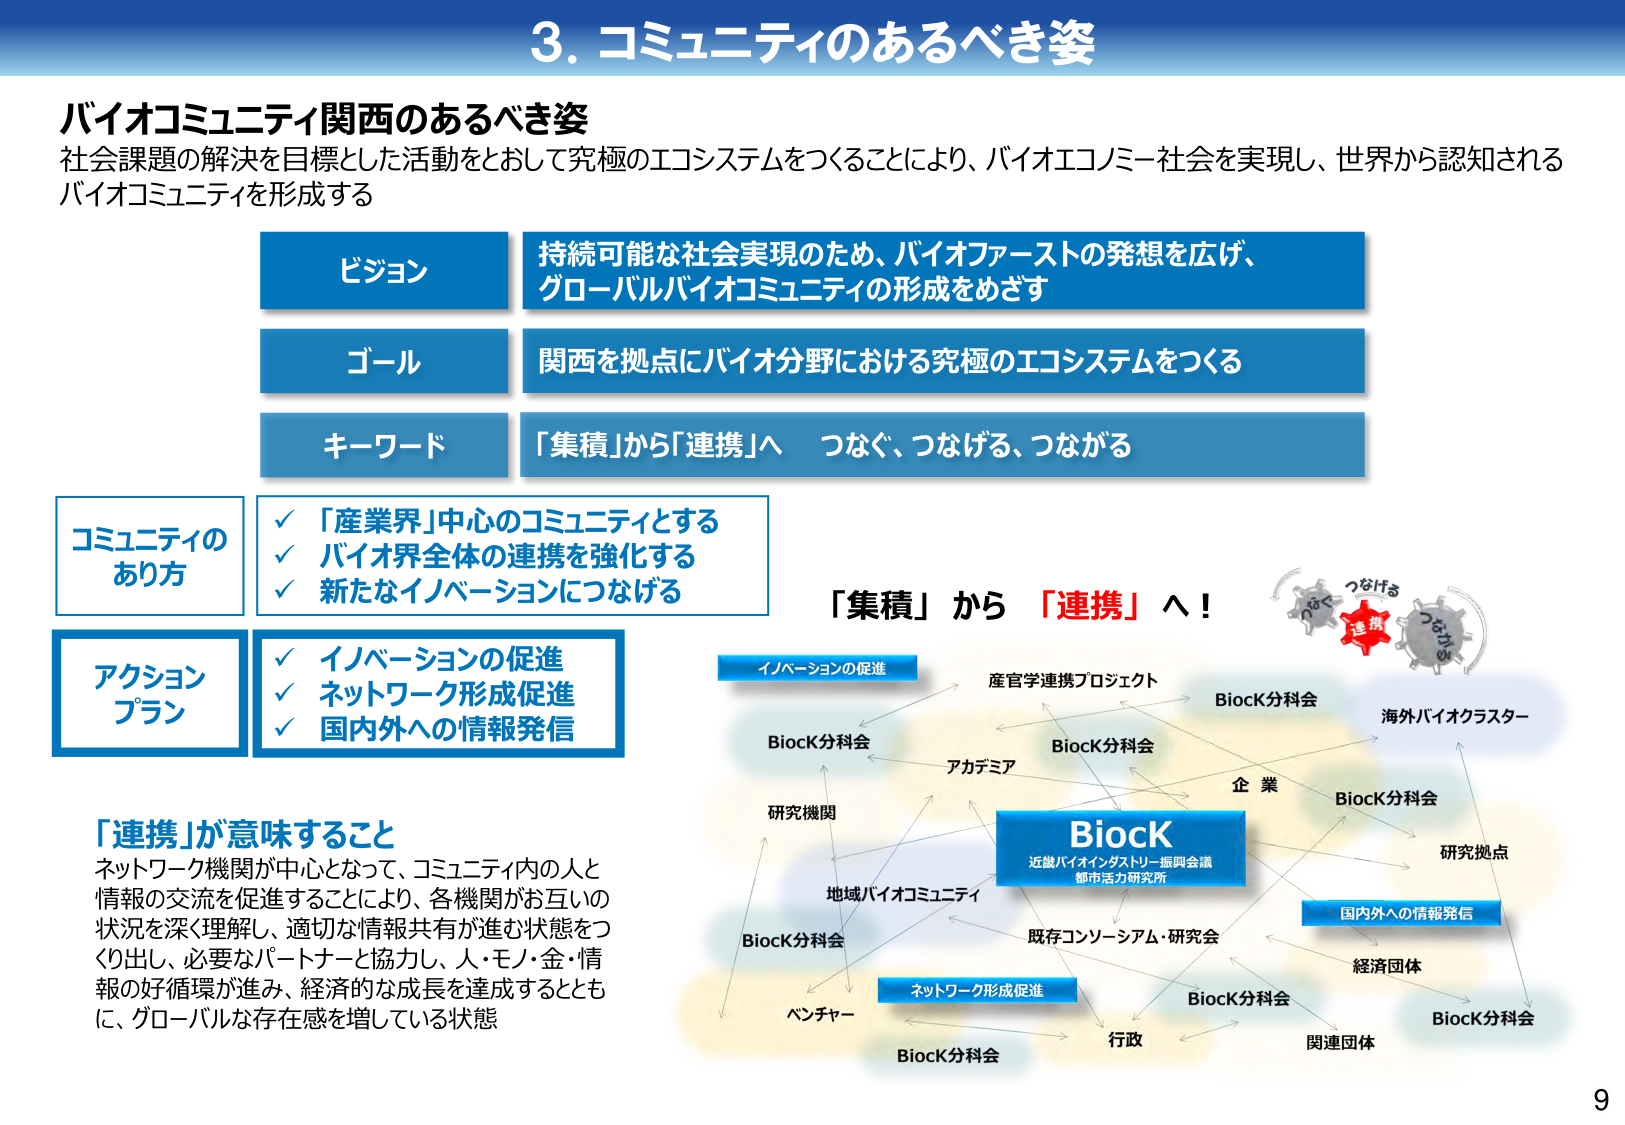
3. コミュニティのあるべき姿

バイオコミュニティ関西のあるべき姿
社会課題の解決を目標とした活動をとおして究極のエコシステムをつくることにより、バイオエコノミー社会を実現し、世界から認知される
バイオコミュニティを形成する

ビジョン
持続可能な社会実現のため、バイオファーストの発想を広げ、
グローバルバイオコミュニティの形成をめざす

ゴール
関西を拠点にバイオ分野における究極のエコシステムをつくる

キーワード
「集積」から「連携」へ　つなぐ、つなげる、つながる

コミュニティの
あり方
✓ 「産業界」中心のコミュニティとする
✓ バイオ界全体の連携を強化する
✓ 新たなイノベーションにつなげる

アクション
プラン
✓ イノベーションの促進
✓ ネットワーク形成促進
✓ 国内外への情報発信

「連携」が意味すること
ネットワーク機関が中心となって、コミュニティ内の人と
情報の交流を促進することにより、各機関がお互いの
状況を深く理解し、適切な情報共有が進む状態をつ
くり出し、必要なパートナーと協力し、人・モノ・金・情
報の好循環が進み、経済的な成長を達成するととも
に、グローバルな存在感を増している状態

「集積」から「連携」へ！

イノベーションの促進
産官学連携プロジェクト
BiocK分科会
BiocK分科会
アカデミア
企業
BiocK分科会
海外バイオクラスター
研究拠点
BiocK
近畿バイオインダストリー振興会議
都市活力研究所
地域バイオコミュニティ
研究機関
既存コンソーシアム・研究会
国内外への情報発信
経済団体
BiocK分科会
ネットワーク形成促進
ベンチャー
BiocK分科会
行政
関連団体
BiocK分科会

つなぐ
つなげる
つながる
連携
つなげる

9